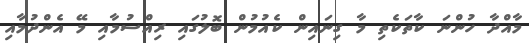
މާއްދާ ހުންނަ ކާތަކެތި މާ ގިނައިން ކެއުމުން ބޮލުގައި ރިއްސުމާއި މޭ އެންދުމާއި